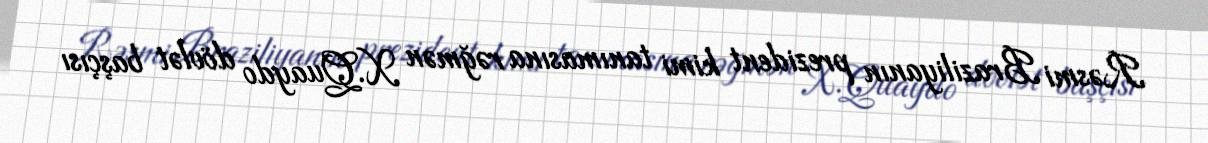
Rəsmi Braziliyanın prezident kimi tanımasına rəğmən X.Quaydo dövlət başçısı